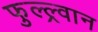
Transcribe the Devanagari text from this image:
फुल्ल्र्वान